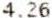
4.26